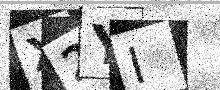
Text: X2YI